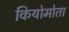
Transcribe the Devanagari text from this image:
कियोमोता